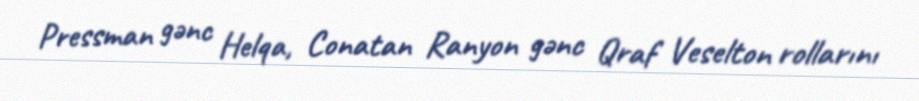
Pressman gənc Helqa, Conatan Ranyon gənc Qraf Veselton rollarını